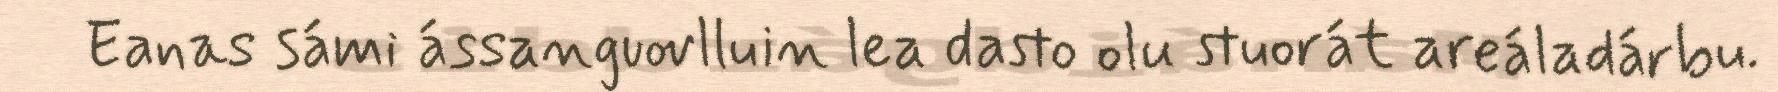
Eanas sámi ássanguovlluin lea dasto olu stuorát areáladárbu.